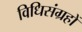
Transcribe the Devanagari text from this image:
विधिसंग्रहों